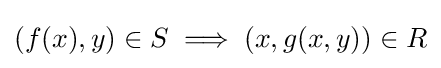
(f(x),y)\in S\implies (x,g(x,y))\in R